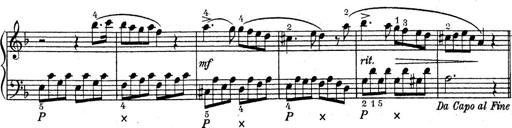
Title: ÄŒeskÃ© Sonatiny
Composer: Various